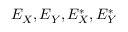
E _ { X } , E _ { Y } , E _ { X } ^ { * } , E _ { Y } ^ { * }